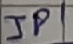
Text: JP1